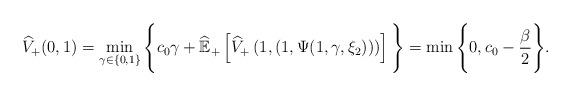
LaTeX: \begin{align*}\widehat V_+(0, 1) & = \min_{\gamma \in \{0,1\}} \Bigg\{ c_0 \gamma + \widehat{\mathbb{E}}_+\left[\widehat V_+\left(1, (1,\Psi(1,\gamma,\xi_2))\right)\right] \Bigg\} = \min \Bigg\{0, c_0 - \frac{\beta}{2} \Bigg\}.\end{align*}